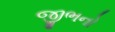
જીભનો